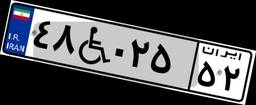
۴۸W۰۲۵۵۲